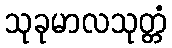
သုခုမာလသုတ္တံ